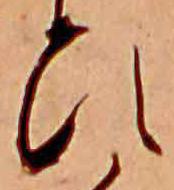
ひ